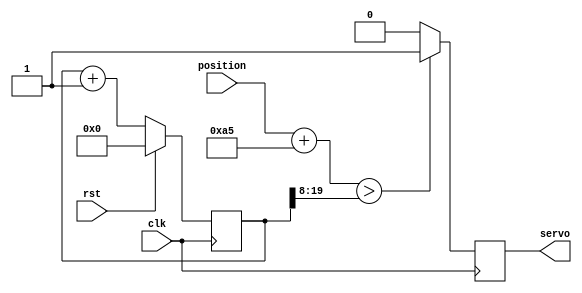
/*
  Code from @mcgodfrey
  https://gist.github.com/mcgodfrey/b94acfc796c240a4a164
	
  Takes an 8-bit position as an input
  Output a single pwm signal with period of ~20ms
   Pulse width = 1ms -> 2ms full scale. 1.5ms is center position
*/
module Servo_Controller (
  input clk,
  input rst,
  input [7:0] position,
  output servo
  );
	
  reg pwm_q, pwm_d;
  reg [19:0] ctr_q, ctr_d;
  assign servo = pwm_q;
  //position (0-255) maps to 50,000-100,000 (which corresponds to 1ms-2ms @ 50MHz)
  //this is approximately (position+165)<<8
  //The servo output is set by comparing the position input with the value of the counter (ctr_q)
  always @(*) begin
    ctr_d = ctr_q + 1'b1;
    if (position + 9'd165 > ctr_q[19:8]) begin
      pwm_d = 1'b1;
    end else begin
      pwm_d = 1'b0;
    end
  end
	
  always @(posedge clk) begin
    if (rst) begin
      ctr_q <= 1'b0;
    end else begin
      ctr_q <= ctr_d;
    end
    pwm_q <= pwm_d;
  end
endmodule